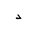
Letter: _dal